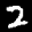
Digit: 2